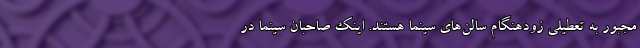
مجبور به تعطیلی زودهنگام سالن‌های سینما هستند. اینک صاحبان سینما در